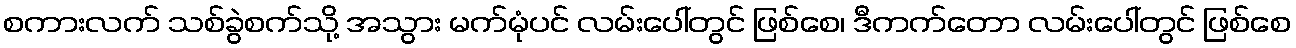
စကားလက် သစ်ခွဲစက်သို့ အသွား မက်မုံပင် လမ်းပေါ်တွင် ဖြစ်စေ၊ ဒီကက်တော လမ်းပေါ်တွင် ဖြစ်စေ